Report of the Indian Hemp Drugs Commission, 1894-1895 - Volume IV
Year: 1894
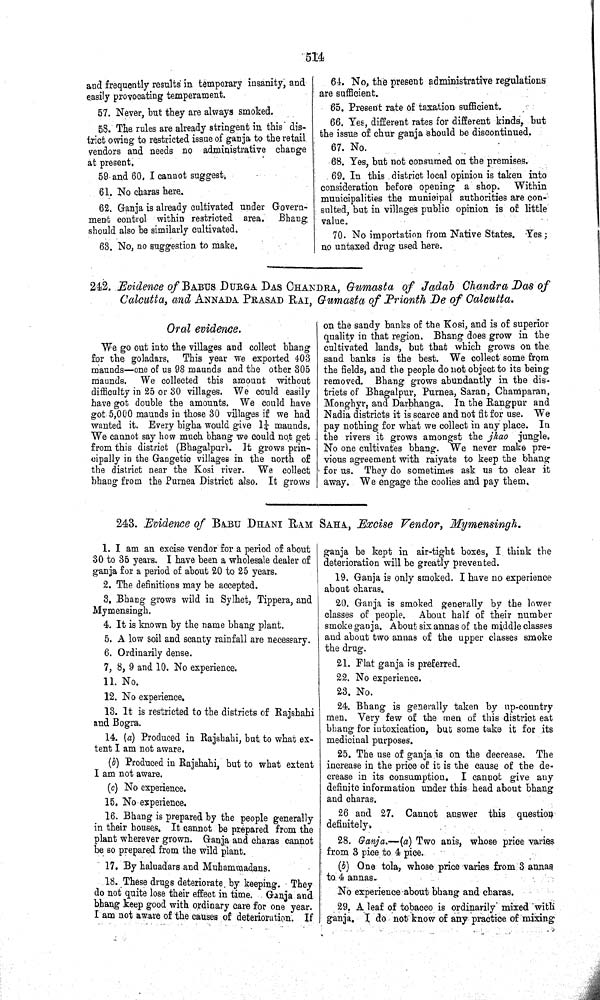
514
and frequently results in temporary insanity, and
easily provocating temperament.
57. Never, but they are always smoked.
58. The rules are already stringent in this' dis-
trict owing to restricted issue of ganja to the retail
vendors and needs no administrative change
at present.
59 and 60. I cannot suggest.
61. No charas here.
62. Ganja is already cultivated under Govern-
ment control within restricted area. Bhang
should also be similarly cultivated.
63. No, no suggestion to make.
64. No, the present administrative regulations
are sufficient.
65. Present rate of taxation sufficient.
66. Yes, different rates for different kinds, hut
the issue of chur ganja should be discontinued.
67. No.
68. Yes, but not consumed on the premises.
69. In this district local opinion is taken into
consideration before opening a shop.
Within
municipalities the municipal authorities are con-
sulted, but in villages public opinion is of little
value.
70. No importation from Native States. Yes;
no untaxed drug used here.
242. Evidence of BABUS BURGA DAS CHANDRA, Gumasta of Jadab Chandra Das of
Calcutta, and ANNADA PRASAD RAI, Gumasta of Prionth De of Calcutta.
Oral evidence.
We go out into the villages and collect bhang
for the goladars. This year we exported 403
maunds—-one of us 98 maunds and the other 305
maunds. We collected this amount without
difficulty in 25 or 30 villages. We could easily
have got double the amounts. We could have
got 5,000 maunds in those 30 villages if we had
wanted it. Every bigha would give 11/4 maunds.
We cannot say how much bhang we could not get
from this district (Bhagalpur). It grows prin-
cipally in the Gangetic villages in the north of
the district near the Kosi river. We collect
bhang from the Purnea District also. It grows
on the sandy banks of the Kosi, and is of superior
quality in that region. Bhang does grow in the
cultivated lands, but that which grows on the
sand banks is the best. We collect some from
the fields, and the people do not object to its being
removed. Bhang grows abundantly in the dis-
tricts of Bhagalpur, Purnea, Saran, Champaran,
Monghyr, and Darbhanga. In the Rangpur and
Nadia districts it is scarce and not fit for use. We
pay nothing for what we collect in any place. In
the rivers it grows amongst the jhao jungle.
No one cultivates bhang. We never make pre-
vious agreement with raiyats to keep the bhang
for us. They do sometimes ask us to clear it
away. We engage the coolies and pay them.
243. Evidence of BABU DHANI RAM SAHA, Excise Vendor, Mymensingh.
1. I am an excise vendor for a period of about
30 to 35 years. I have been a wholesale dealer of
ganja for a period of about 20 to 25 years.
2. The definitions may be accepted.
3. Bhang grows wild in Sylhet, Tippera, and
Mymensingh.
4. It is known by the name bhang plant.
5. A low soil and scanty rainfall are necessary.
6. Ordinarily dense.
7, 8, 9 and 10. No experience.
11. No.
12. No experience.
13. It is restricted to the districts of Rajshahi
and Bogra.
14. (a) Produced in Rajshahi, but to what ex-
tent I am not aware.
(b) Produced in Rajshahi, but to what extent
I am not aware.
(c) No experience.
15. No experience.
16. Bhang is prepared by the people generally
in their houses. It cannot be prepared from the
plant wherever grown. Ganja and charas cannot
be so prepared from the wild plant.
17. By haluadars and Muhammadans.
18. These drugs deteriorate by keeping. They
do not quite lose their effect in time. Ganja and
bhang keep good with ordinary care for one year.
I am not aware of the causes of deterioration. If
ganja be kept in air-tight boxes, I think the
deterioration will be greatly prevented.
19. Ganja is only smoked. I have no experience
about charas.
20. Ganja is smoked generally by the lower
classes of people. About half of their number
smoke ganja. About six annas of the middle classes
and about two annas of the upper classes smoke
the drug.
21. Flat ganja is preferred.
22. No experience.
23. No.
24. Bhang is generally taken by up-country
men. Very few of the men of this district eat
bhang for intoxication, but some take it for its
medicinal purposes.
25. The use of ganja is on the decrease. The
increase in the price of it is the cause of the de-
crease in its consumption. I cannot give any
definite information under this head about bhang
and charas.
26 and 27. Cannot answer this question
definitely.
28. Ganja.—(a) Two anis, whose price varies
from 3 pice to 4 pice.
(b) One tola, whose price varies from 3 annas
to 4 annas.
No experience about bhang and charas.
29. A leaf of tobacco is ordinarily mixed with
ganja. I do not know of any practice of mixing